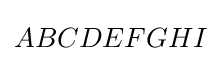
ABCDEFGHI